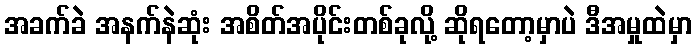
အခက်ခဲ အနက်နဲဆုံး အစိတ်အပိုင်းတစ်ခုလို့ ဆိုရတော့မှာပဲ ဒီအမှုထဲမှာ